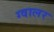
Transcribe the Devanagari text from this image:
ग्वालर